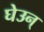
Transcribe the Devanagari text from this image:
घेउन्